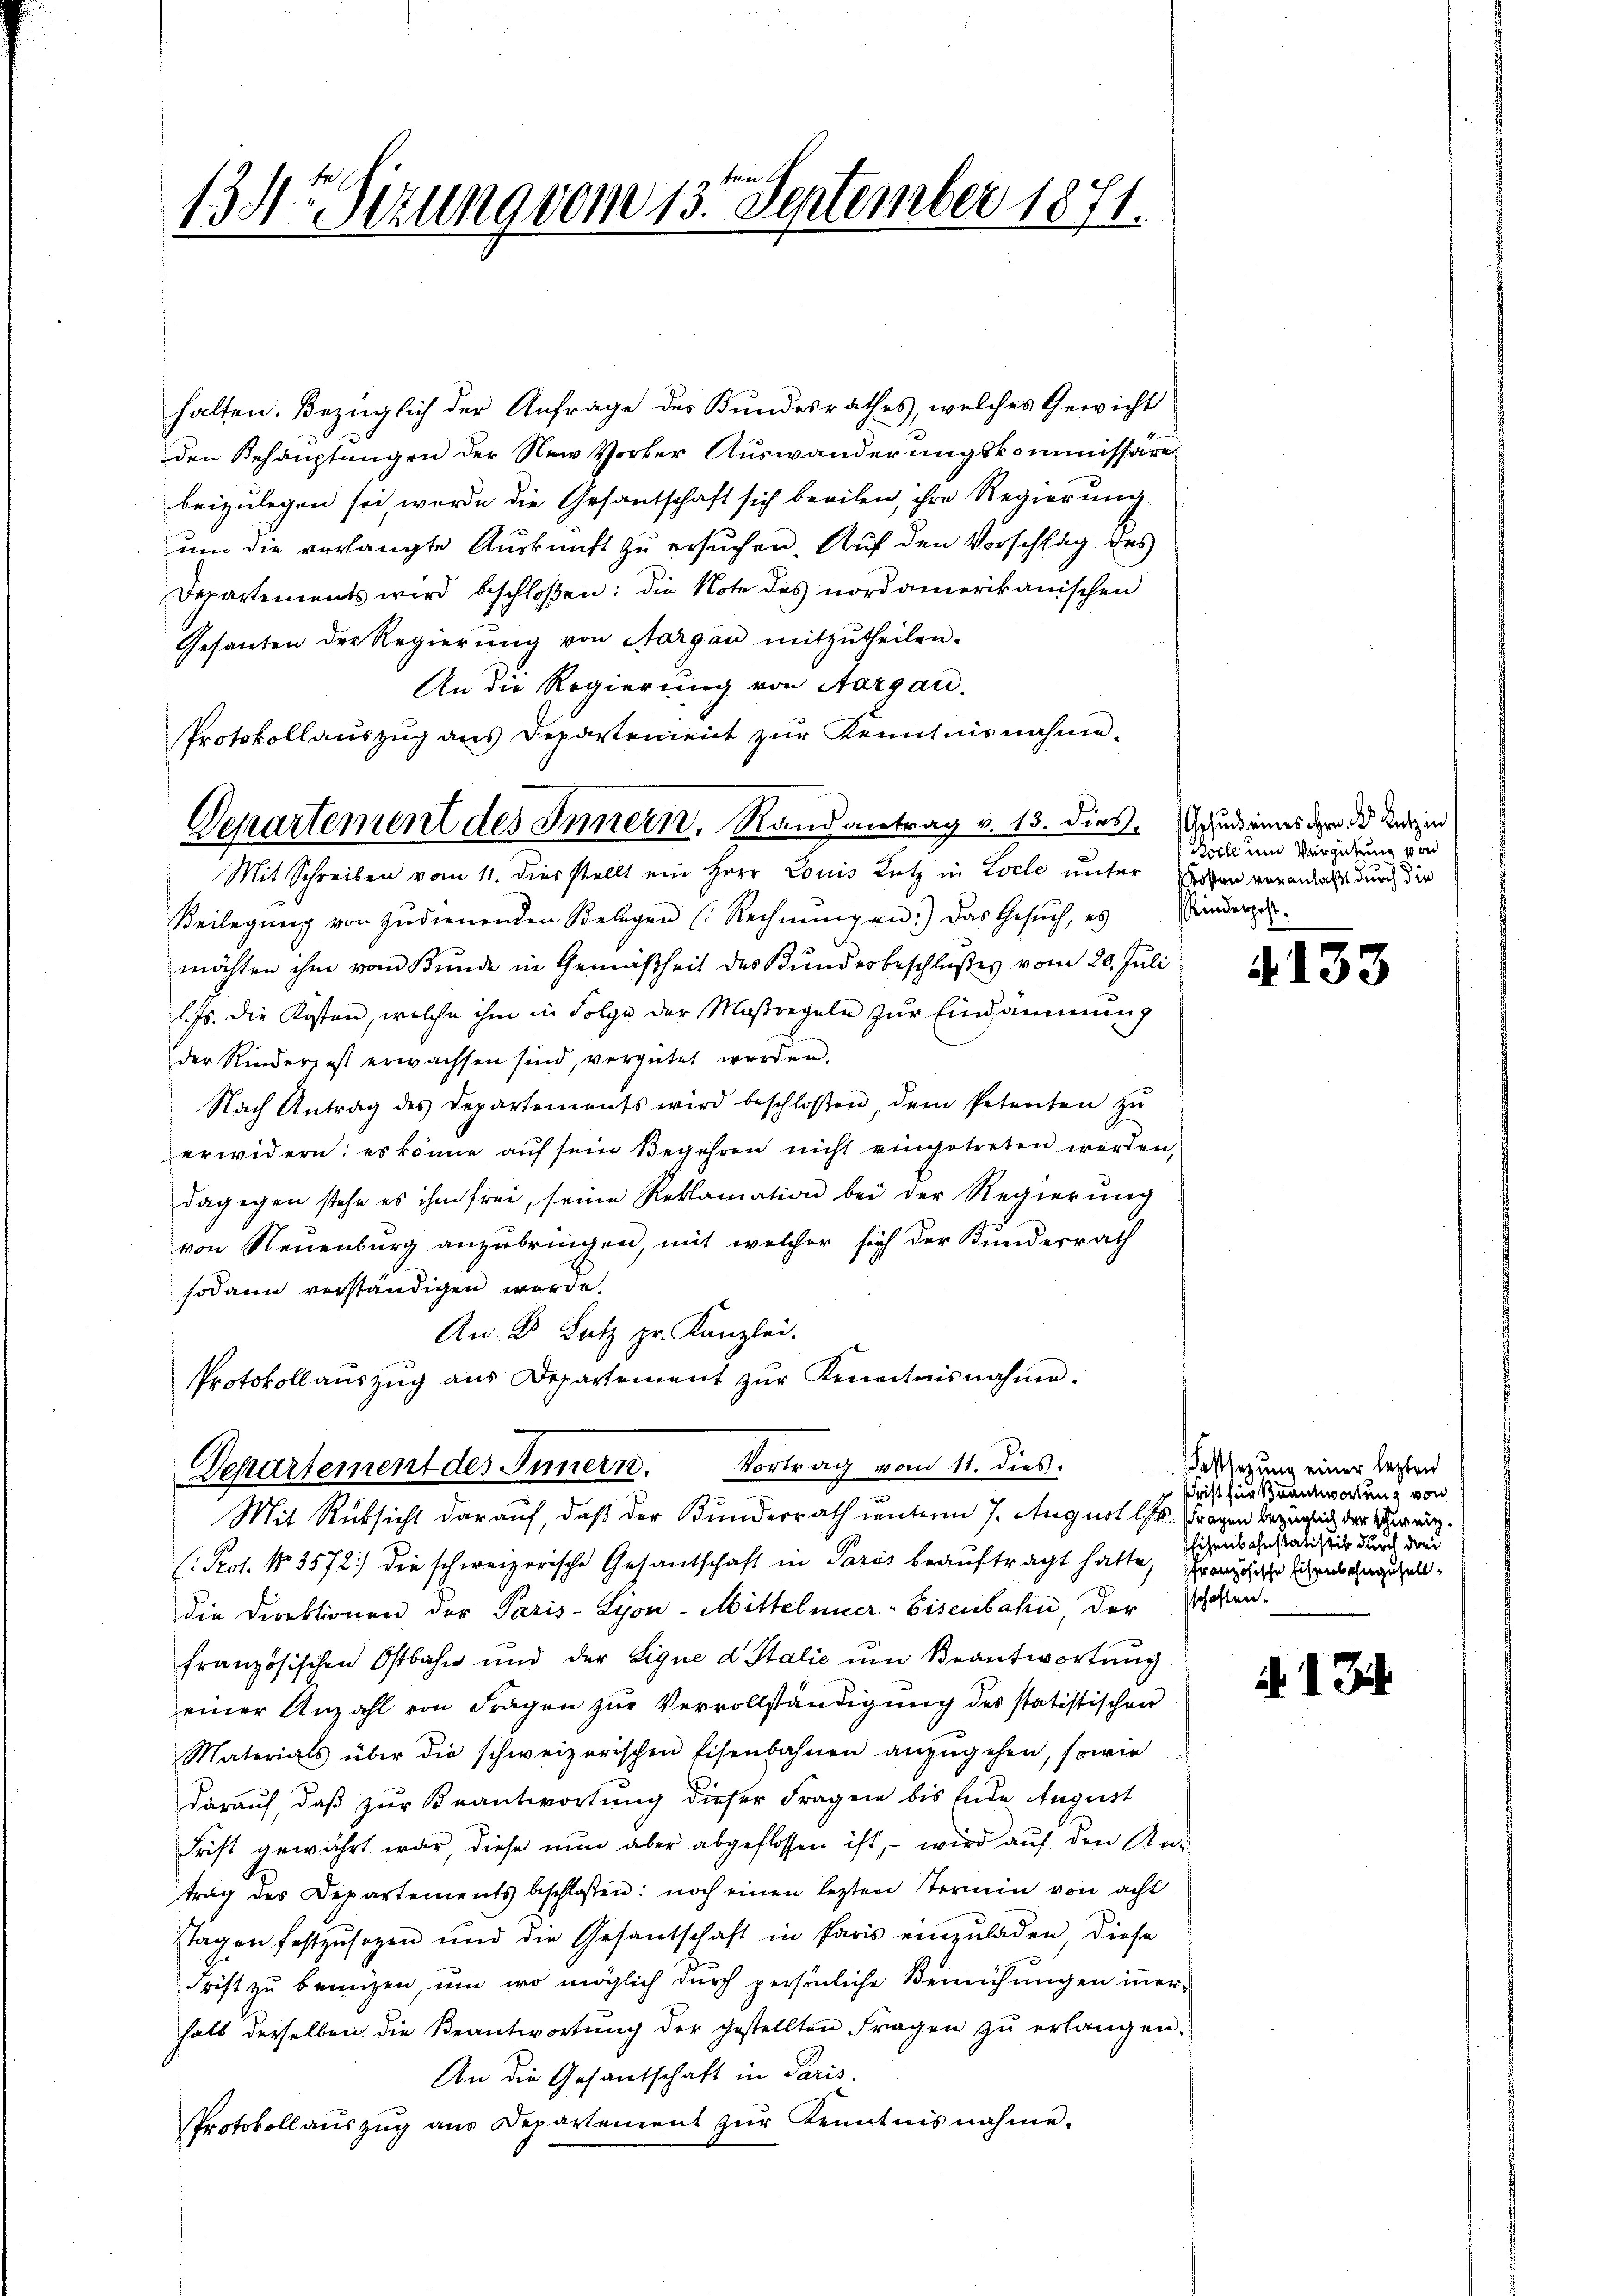
134r izung vom 13. September 1871.

halten. Bezüglich der Anfrage des Bundesrathes, welches Gewicht
den Behauptungen der Nei Vorker Auswanderungskommissäre
beizulegen sei, werde die Gesantschaft sich beeilen, ihre Regierung
um die verlangte Auskunft zu ersuchen. Auf den Vorschlag des
Departements wird beschloßen: die Note des nordamerikanischen
Gesanten der Regierŭng von Aargau mitzŭtheilen.
An die Regierung von Aargau.
Departement des Innern, Randantrag v. 13. dies. Schied eines der der ein
Beilegung von zudienenden Belegen (Rechnungen.) Das Gesŭch, es ständeren.
möchten ihm vom Bunde in Gemäßheit des Kundesbeschlußes vom 20. Juli
l. Js. die Kosten, welche ihm in Folge der Maßregeln zur Eindämmung
der Kinder, ist erwachsen sind, vergütet werden.
Nach Antrag des Departements wird beschloßen, dem Petenten zŭ
erwidern: es könne auf sein Begehren nicht eingetreten werden,
dagegen stehe es ihm frei, seine Reklamation bei der Regierŭng
von Neuenburg anzubringen, mit welcher sich der Kundesrath
sodann verständigen werde.
An B. Satz pr. Kanzlei.
Protokoll aŭszŭg aŭs Departement zŭr Kenntnisnahme.

Protokollauszug aus Departement zur Kenntnisnahme.
Mit Schreiben vom 11. dies stellt ein Herr Louis Lutz in Loele unter

Departement des Innern. Vortrag vom 11. dies
Mit Rücksicht darauf, daß der Bunderrath unterm 7. August l. Fragen bezügen der Vereich¬

C. Prof. No 3572) die schweizerische Gesantschaft in Paris beauftragt hatte, französische sichenbahngeselldie Direktionen der Paris-Lyon-Mittelmeer-Eisenbahn, der Schen-
französischen Ostbahn und der Lique d Italie um Beantwortung
einer Anzahl von Fragen zur Vervollständigung des statistischen
Materials über die schweizerischen Eisenbahnen anzŭgehen, sowie
darauf, daß zur Beantwortung dieser Fragen bis Ende August
Frist gewährt war diese nun aber abgeflossen ist, – wird auf den An-
trag des Departements beschlossen: noch einen lezten termin von acht
stagen festzusagen und die Gesantschaft in Paris einzŭladen, diese
Frist zu bringen, um wo möglich durch persönliche Bemühungen innerhalb derselben die Beantwortung der gestellten Fragen zŭ erlangen.
An die Gesandschaft in Paris.
Protokoll aŭszŭg ans Departement zŭr Kenntnisnahme.

Boil um Vergütung von
Kosten voranlaßt durch die

A. 133

Festlegung einer lezten
schrift für Beantwortung von
Eisenbahnstatistik durch drei

134